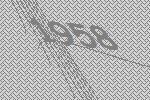
1958